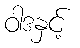
ဝါဒနှင့်